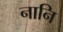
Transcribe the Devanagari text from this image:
नानि